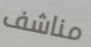
مناشف